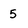
Character: 5